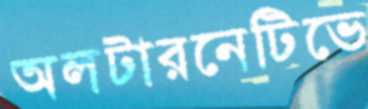
অলটারনেটিভে